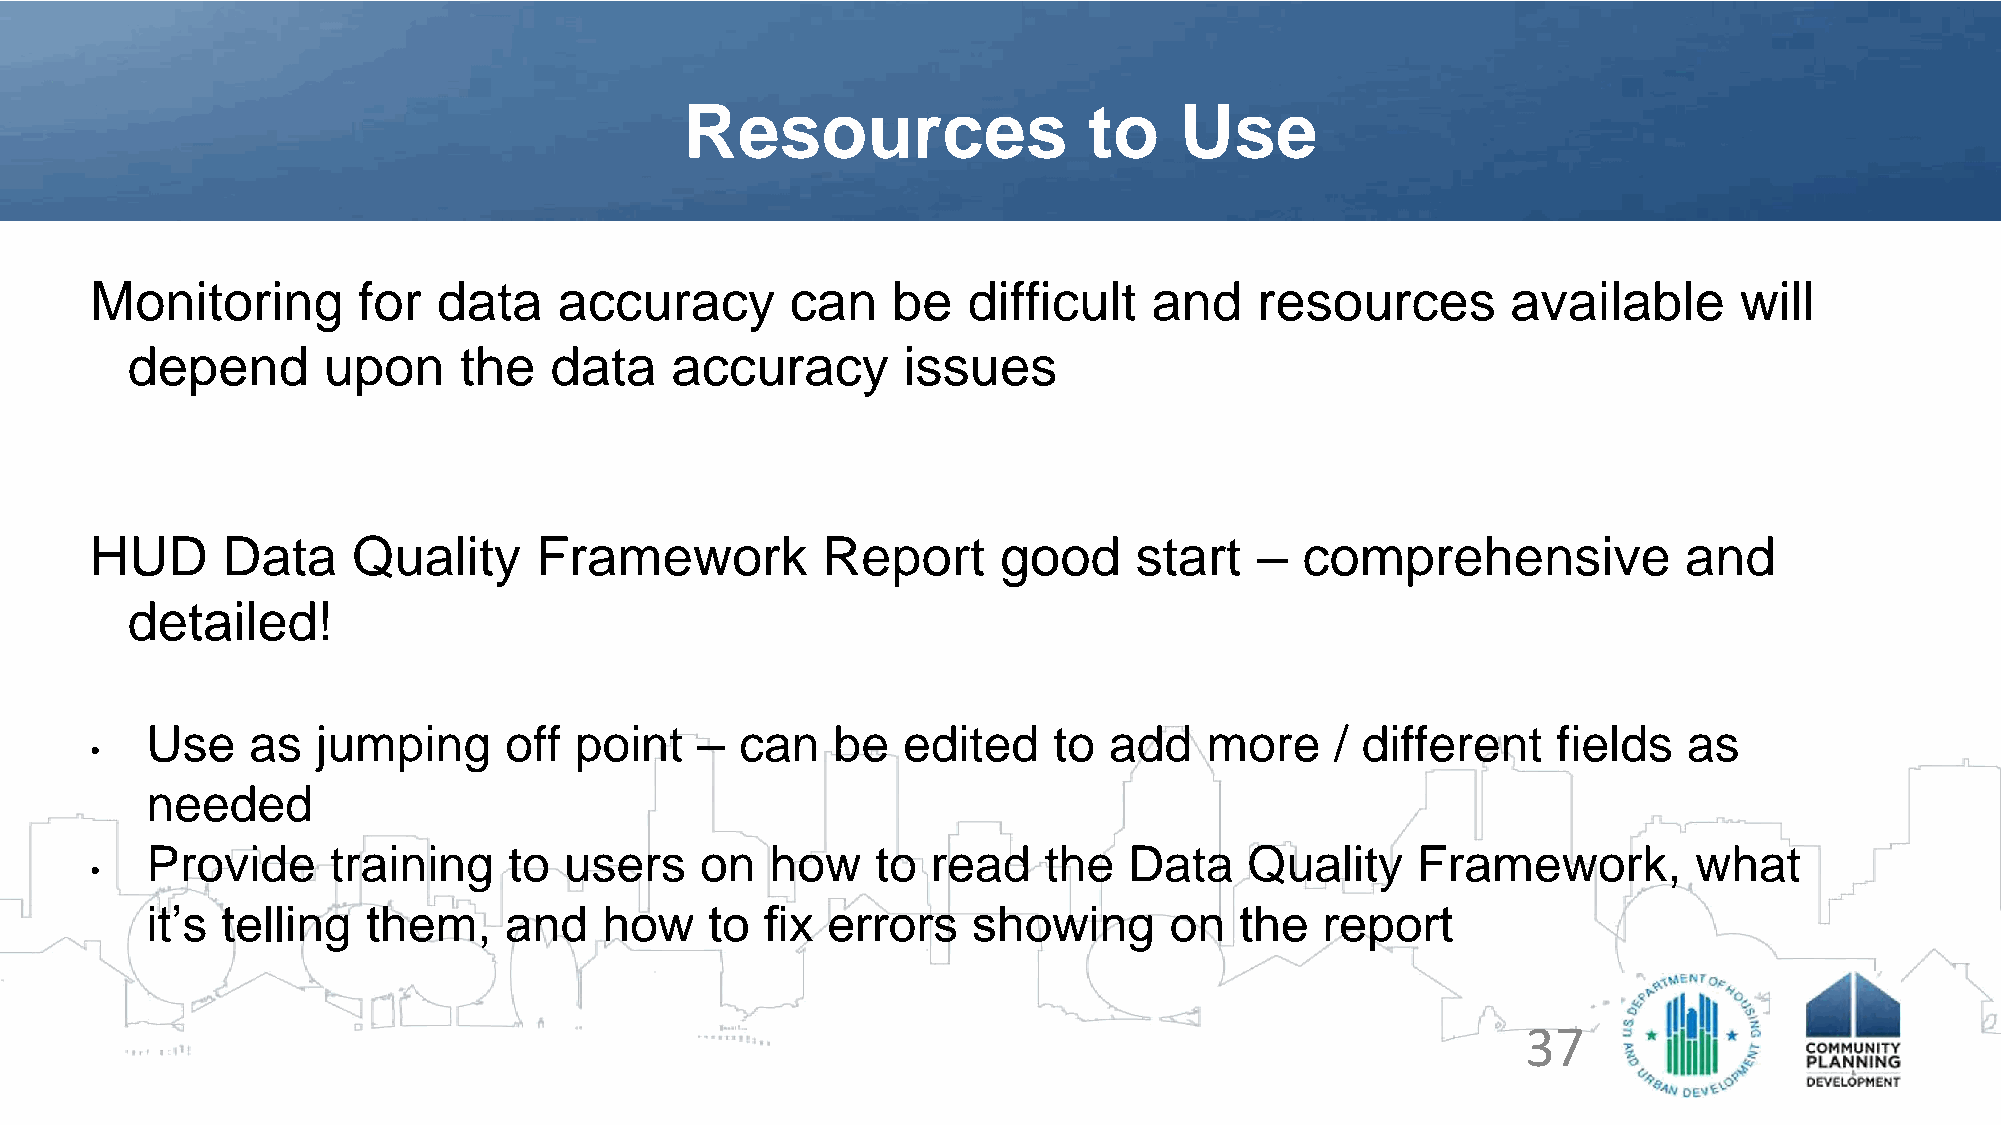
Resources                  to    Use
 Monitoring        for  data    accuracy       can    be   difficult   and    resources        available      will
 depend       upon     the   data    accuracy        issues
 HUD      Data    Quality     Framework          Report      good     start   –  comprehensive             and
 detailed!
 Use   as   jumping     off  point   –  can   be   edited    to add    more    / different    fields   as
 •
 needed
 Provide     training    to users    on   how    to  read   the   Data    Quality    Framework,        what
 •
 it’s telling  them,    and    how    to  fix errors   showing      on   the   report
 37